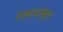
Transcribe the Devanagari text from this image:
एडमायरेबुल